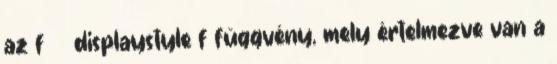
az f displaystyle f függvény, mely értelmezve van a